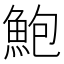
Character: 鮑